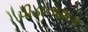
પીડાનાશક